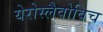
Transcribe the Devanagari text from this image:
येरोस्लैवोविच